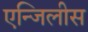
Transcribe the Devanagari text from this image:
एन्जिलीस